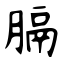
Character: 膈